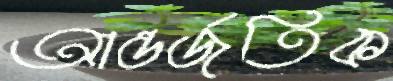
আন্তর্জতিক